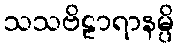
သသဗိဠာရာနမ္ပိ